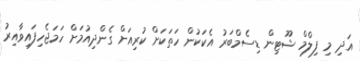
އަދި މި ފިލްމް ޝޫޓިން ޑިސެމްބަރު އެކަކުން ހަތަކަށް ކުރިއަށް ގެންދިއުމަށް ހަމަޖެހިފައިވާއިރު